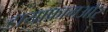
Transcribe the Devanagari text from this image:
डायाफ्रामऔर